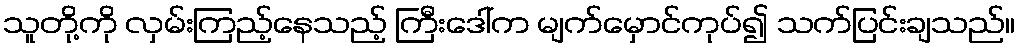
သူတို့ကို လှမ်းကြည့်နေသည့် ကြီးဒေါ်က မျက်မှောင်ကုပ်၍ သက်ပြင်းချသည်။